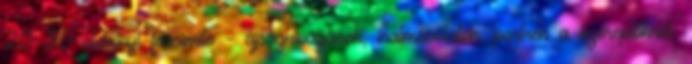
20-30 oldalnyi facsi­mile – újságkivágások, iratmásolatok, portrék a szereplőkről,